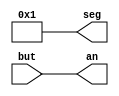
`timescale 1ns / 1ps
module but_7seg(
        output [7:0] seg,
        output [3:0] an,
        input [3:0] but
    );
    
assign seg = 1;
assign an = but;


endmodule